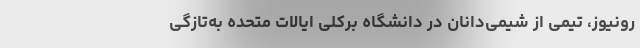
رونیوز، تیمی از شیمی‌دانان در دانشگاه برکلی ایالات متحده به‌تازگی